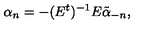
\alpha _ { n } = - ( E ^ { t } ) ^ { - 1 } E \tilde { \alpha } _ { - n } ,